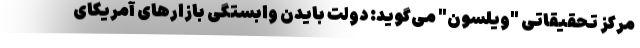
مرکز تحقیقاتی "ویلسون" می‌گوید: دولت بایدن وابستگی بازارهای آمریکای